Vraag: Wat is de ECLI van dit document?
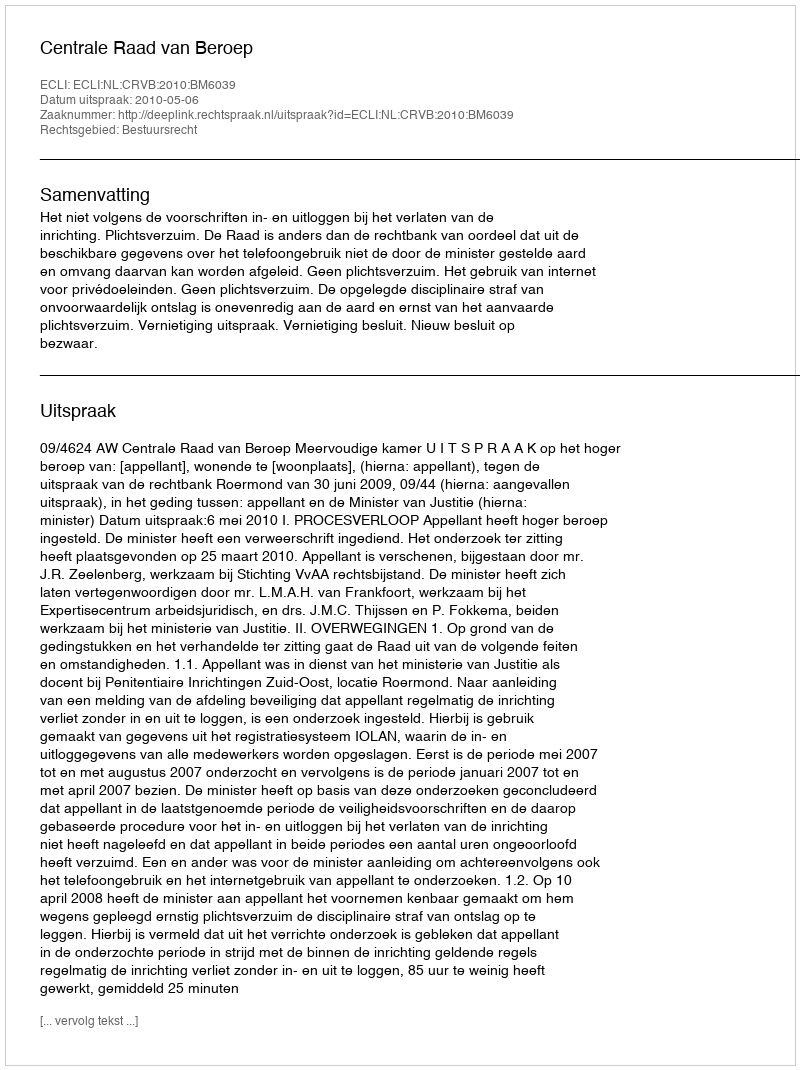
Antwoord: ECLI:NL:CRVB:2010:BM6039